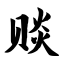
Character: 赕